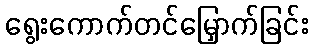
ရွေးကောက်တင်မြှောက်ခြင်း